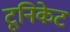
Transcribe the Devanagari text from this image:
टूनिकेट